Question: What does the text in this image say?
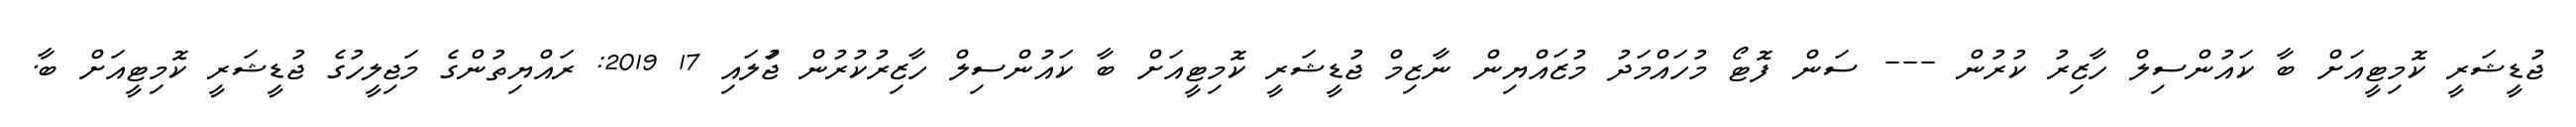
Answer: ޖުޑީޝަރީ ކޮމިޓީއަށް ބާ ކައުންސިލް ހާޒިރު ކުރުން --- ސަން ފޮޓޯ މުހައްމަދު މުޒައްޔިން ނާޒިމް ޖުޑީޝަރީ ކޮމިޓީއަށް ބާ ކައުންސިލް ހާޒިރުކުރުން ޖުަލައި 17 2019: ރައްޔިތުންގެ މަޖިލީހުގެ ޖުޑީޝަރީ ކޮމިޓީއަށް ބާ.